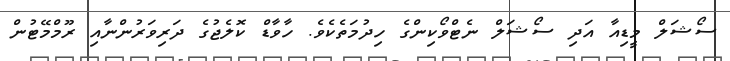
ސޯޝަލް މީޑިއާ އަދި ސޯޝަލް ނެޓްވޯކިންގެ ހިދުމަތެކެވެ. ހާވާޑް ކޮލެޖުގެ ދަރިވަރުންނާއި ރޫމްމޭޓުން